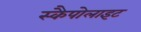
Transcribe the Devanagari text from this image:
स्कैपोलाइट